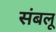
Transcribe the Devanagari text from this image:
संबलू